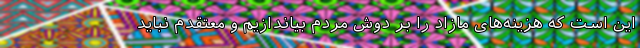
این است که هزینه‌های مازاد را بر دوش مردم بیاندازیم و معتقدم نباید